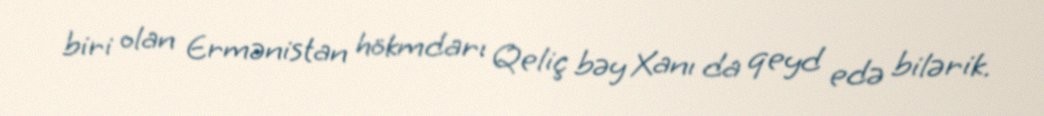
biri olan Ermənistan hökmdarı Qeliç bəy Xanı da qeyd edə bilərik.